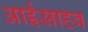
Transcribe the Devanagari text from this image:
आईसाहब